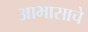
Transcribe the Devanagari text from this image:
आभासाचे